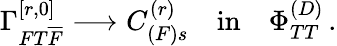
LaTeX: \Gamma_{FT{\overline{{{F}}}}}^{[r,0]}\longrightarrow C_{(F)s}^{(r)}\quad\mathrm{{in}}\quad\Phi_{TT}^{(D)}\, .